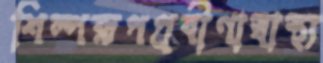
শিল্পরূপপ্রবীণাস্বাস্থ্য